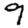
Digit: 9